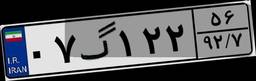
۰۷گ۱۲۲۵۶